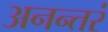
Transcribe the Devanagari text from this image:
अनन्तरं